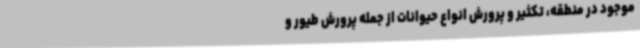
موجود در منطقه، تکثیر و پرورش انواع حیوانات از جمله پرورش طیور و